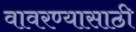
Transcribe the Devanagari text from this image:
वावरण्यासाठी